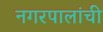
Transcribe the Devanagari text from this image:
नगरपालांची